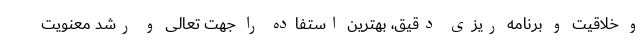
و خلاقیت و برنامه ریزی دقیق، بهترین استفاده را جهت تعالی و رشد معنویت